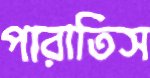
পারাতিস